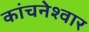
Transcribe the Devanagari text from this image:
कांचनेश्वार